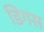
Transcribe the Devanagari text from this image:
डिंगस